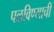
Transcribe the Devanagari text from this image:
पळविण्याची